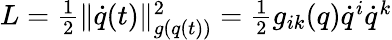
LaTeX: \begin{array}{r}{L=\frac{1}{2}\| \dot{q}(t)\| _{g(q(t))}^{2}=\frac{1}{2}g_{ik}(q)\dot{q}^{i}\dot{q}^{k}}\end{array}